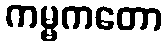
ကမ္မကတော